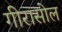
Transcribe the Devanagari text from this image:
गीरासोल